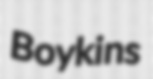
Boykins